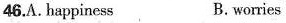
46.A.happiness B.worries